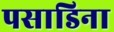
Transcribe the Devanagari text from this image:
पसाडिना